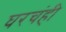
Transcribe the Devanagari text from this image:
घरचंही